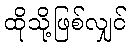
ထိုသို့ဖြစ်လျှင်